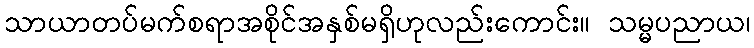
သာယာတပ်မက်စရာအစိုင်အနှစ်မရှိဟုလည်းကောင်း။ သမ္မပညာယ၊